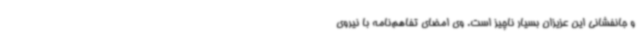
و جانفشانی این عزیزان بسیار ناچیز است. وی امضای تفاهم‌نامه با نیروی